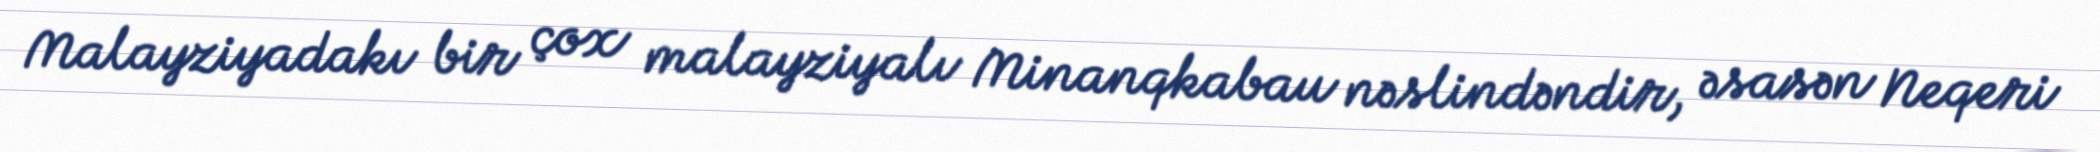
Malayziyadakı bir çox malayziyalı Minanqkabau nəslindəndir, əsasən Neqeri